system: You are a helpful assistant.
user:
Analyze the provided spectrum to determine if it is a **S-type Star**.

- **Key Indicators for S-type Star:**

    - **(Overall Spectrum Shape):** The first and most obvious characteristic is the overall continuum (the "baseline" shape). It is **extremely "red-sloping,"** meaning the flux (light intensity) is very low on the left side (blue, ~4000-4500 Å) and rises steeply and continuously toward the right side (red, ~7000 Å+).

    - **(Primary):** The spectrum is defined by the presence of strong, broad molecular absorption "valleys" (bands) from **Zirconium Oxide (ZrO)**. The identification of these bands is the **primary requirement** for classifying a star as S-type.
        - **(Key Bandheads):** You must find distinct, deep "dips" where the light has been absorbed. The most critical band systems to locate are:
            - **~6474 Å** ($\gamma$-system): This is often the strongest and clearest ZrO feature, found in the red part of the spectrum.
            - **~5718 Å** & **~5551 Å** ($\beta$-system): A pair of prominent absorption features in the yellow-orange part of the spectrum.
            - **~4640 Å** ($\alpha$-system): A key absorption band system in the blue-green region of the spectrum.

    - **(Secondary Confirmation):** The classification is strengthened by finding additional absorption bands from other related heavy element oxides, which are expected to be present alongside ZrO.
        - **(Key Bandheads):**
            - **Yttrium Oxide (YO):** Look for absorption dips near **~4800 Å** and **~6100 Å**.
            - **Lanthanum Oxide (LaO):** Additional absorption features, particularly in the red-orange part of the spectrum, are also characteristic.

    - **(Line Profile):** The combination of the steep red continuum and these numerous, deep molecular bands (ZrO, YO, etc.) gives the entire spectrum a very **"chopped-up"** or **"bumpy"** appearance. Instead of a smooth curve, the spectrum looks as though large, wide chunks of light have been "carved out" of it at the specific wavelengths listed above.

Think first, call **spectral_visualization_tool** if needed to examine features in detail, then provide your final answer. Your response must adhere to the following strict rules:
1.  **Overall Structure:** Your response must follow the format `<think>...</think> <tool_call>...</tool_call> (if a tool is used) <answer>...</answer>`.
2.  **Tool Usage Constraint:** You may only make **one** tool call per turn.
3.  **Final Answer Format:** In the `<answer>` tag, your conclusion must be inside a `\boxed{}` command (e.g., `\boxed{YES}` or `\boxed{NO}`), followed by your justification.

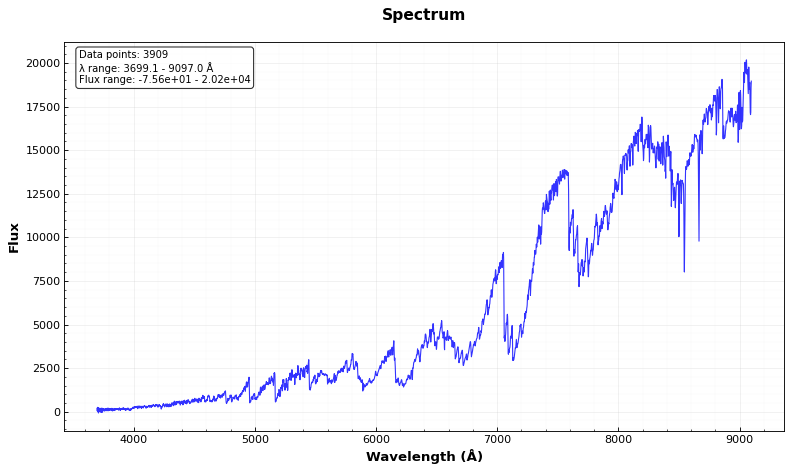
Answer: YES